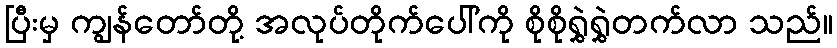
ပြီးမှ ကျွန်တော်တို့ အလုပ်တိုက်ပေါ်ကို စိုစိုရွှဲရွှဲတက်လာ သည်။